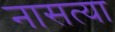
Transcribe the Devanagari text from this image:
नासत्या